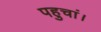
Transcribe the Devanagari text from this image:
पहुचां।